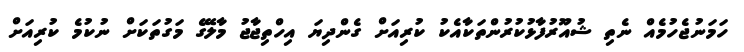
ހަމަނުޖެހުމެއް ނެތި ޝުއޫރުފާޅުކުރުންތަކާއެކު ކުރިއަށް ގެންދިޔަ އިހްތިޖާޖު މާލޭގެ މަގުތަކަށް ނުކުމެ ކުރިއަށް